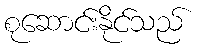
စုဆောင်းနိုင်သည်